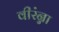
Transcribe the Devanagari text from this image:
वीरंन्ना